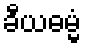
ခီယဓမ္မံ